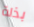
بذلة